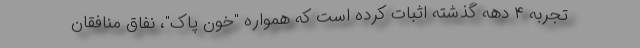
تجربه ۴ دهه گذشته اثبات کرده است که همواره "خون پاک"، نفاق منافقان